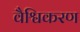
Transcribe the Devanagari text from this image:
वैश्विकरण